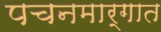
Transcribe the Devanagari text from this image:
पचनमार्गात